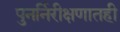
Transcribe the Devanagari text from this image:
पुनर्निरीक्षणातही